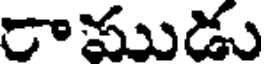
రాముడు